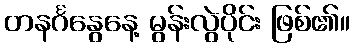
တနင်္ဂနွေနေ့ မွန်းလွဲပိုင်း ဖြစ်၏။